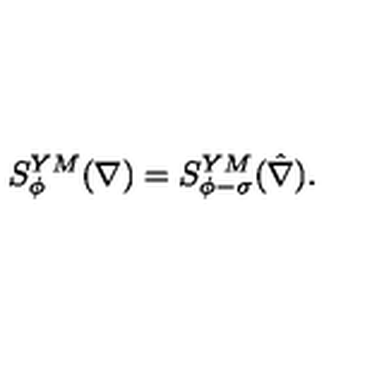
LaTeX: S _ { \phi } ^ { Y M } ( \nabla ) = S _ { \phi - \sigma } ^ { Y M } ( \hat { \nabla } ) .